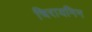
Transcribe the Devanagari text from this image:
चिरायनिन